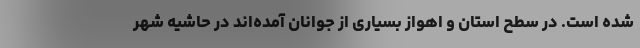
شده است. در سطح استان و اهواز بسیاری از جوانان آمده‌اند در حاشیه شهر